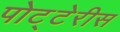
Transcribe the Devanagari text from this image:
पोट्टेरीस